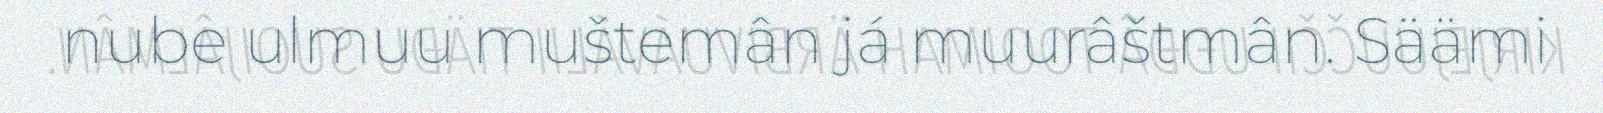
nube ulmuu muštemân já muurâštmân. Säämi